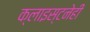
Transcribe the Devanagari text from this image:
क्लाइस्टनेही